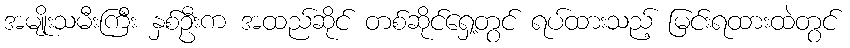
အမျိုးသမီးကြီး နှစ်ဦးက အထည်ဆိုင် တစ်ဆိုင်ရှေ့တွင် ရပ်ထားသည့် မြင်းရထားထဲတွင်